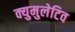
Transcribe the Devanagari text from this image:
क्युमुलेटिव